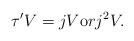
LaTeX: \begin{align*}\tau' V=jV {\mbox or} j^2V.\end{align*}